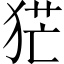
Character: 𤞽